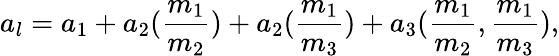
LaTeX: a_{l}=a_{1}+a_{2}(\frac{m_{1}}{m_{2}})+a_{2}(\frac{m_{1}}{m_{3}})+a_{3}(\frac{m_{1}}{m_{2}},\frac{m_{1}}{m_{3}}),